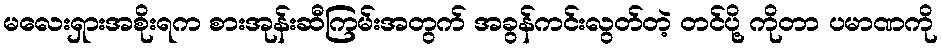
မလေးရှားအစိုးရက စားအုန်းဆီကြမ်းအတွက် အခွန်ကင်းလွတ်တဲ့ တင်ပို့ ကိုတာ ပမာဏကို